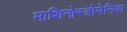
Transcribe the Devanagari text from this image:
माशिनोस्त्रोयेनिया